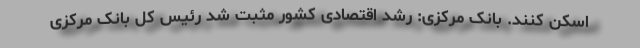
اسکن کنند. بانک مرکزی: رشد اقتصادی کشور مثبت شد رئیس کل بانک مرکزی